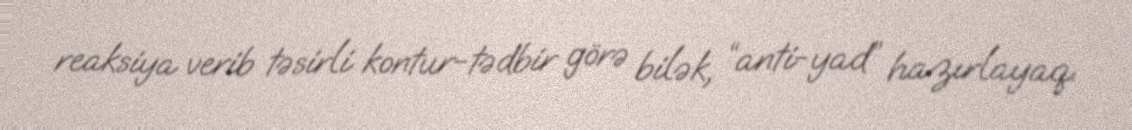
reaksiya verib təsirli kontur-tədbir görə bilək, “anti-yad” hazırlayaq.